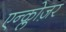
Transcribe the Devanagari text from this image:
एन्क्लोज़र